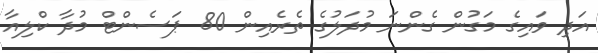
އަދި ވައިގެ މަގުން ގެންނަ މުދަލުގެ ތެރެއިން 80 ޕަސެންޓް މުދާ ކްލިއާ